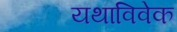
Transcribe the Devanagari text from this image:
यथाविवेक